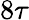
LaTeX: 8\tau